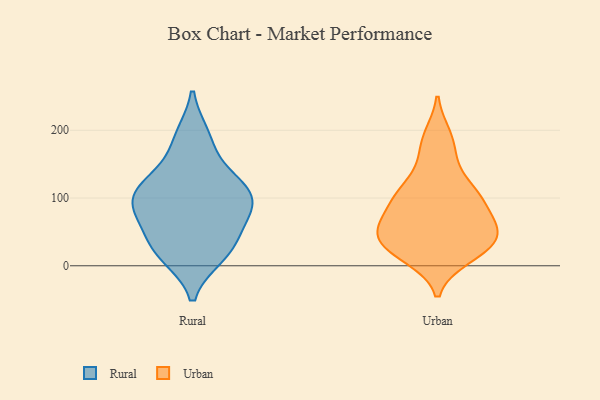
{"axis": {"x": "Waste Production (Tons)", "y": "Value"}, "legend": ["Rural", "Urban"], "data": [{"x": "", "y": 70, "type": "Rural"}, {"x": "", "y": 53, "type": "Rural"}, {"x": "", "y": 98, "type": "Rural"}, {"x": "", "y": 186, "type": "Rural"}, {"x": "", "y": 84, "type": "Rural"}, {"x": "", "y": 92, "type": "Rural"}, {"x": "", "y": 117, "type": "Rural"}, {"x": "", "y": 112, "type": "Rural"}, {"x": "", "y": 90, "type": "Rural"}, {"x": "", "y": 15, "type": "Rural"}, {"x": "", "y": 137, "type": "Rural"}, {"x": "", "y": 120, "type": "Rural"}, {"x": "", "y": 16, "type": "Rural"}, {"x": "", "y": 32, "type": "Rural"}, {"x": "", "y": 191, "type": "Rural"}, {"x": "", "y": 25, "type": "Rural"}, {"x": "", "y": 66, "type": "Urban"}, {"x": "", "y": 63, "type": "Urban"}, {"x": "", "y": 41, "type": "Urban"}, {"x": "", "y": 102, "type": "Urban"}, {"x": "", "y": 163, "type": "Urban"}, {"x": "", "y": 11, "type": "Urban"}, {"x": "", "y": 193, "type": "Urban"}, {"x": "", "y": 53, "type": "Urban"}, {"x": "", "y": 96, "type": "Urban"}, {"x": "", "y": 32, "type": "Urban"}, {"x": "", "y": 125, "type": "Urban"}, {"x": "", "y": 17, "type": "Urban"}, {"x": "", "y": 41, "type": "Urban"}, {"x": "", "y": 101, "type": "Urban"}]}